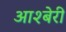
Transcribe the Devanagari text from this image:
आश्बेरी